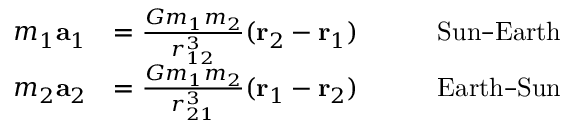
{ \begin{array} { r l r l } { m _ { 1 } \mathbf { a } _ { 1 } } & { = { \frac { G m _ { 1 } m _ { 2 } } { r _ { 1 2 } ^ { 3 } } } ( \mathbf { r } _ { 2 } - \mathbf { r } _ { 1 } ) } & & { \quad { \mathrm { S u n – E a r t h } } } \\ { m _ { 2 } \mathbf { a } _ { 2 } } & { = { \frac { G m _ { 1 } m _ { 2 } } { r _ { 2 1 } ^ { 3 } } } ( \mathbf { r } _ { 1 } - \mathbf { r } _ { 2 } ) } & & { \quad { \mathrm { E a r t h – S u n } } } \end{array} }